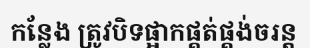
កន្លែង ត្រូវបិទផ្អាកផ្គត់ផ្គង់ចរន្ត